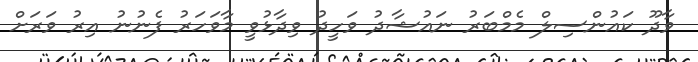
ވާދޫ ކައުންސިލް މެމްބަރު ނައުޝާދު ވަހީދު ވިދާޅުވީ މާވަހަރު ފެނުނު އިރު ވަރަށް